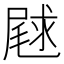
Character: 𫵣